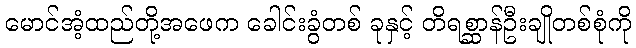
မောင်အံ့ထည်တို့အဖေက ခေါင်းခွံတစ် ခုနှင့် တိရစ္ဆာန်ဦးချိုတစ်စုံကို